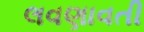
લવણાવતી